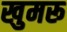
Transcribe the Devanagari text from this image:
खुमरू